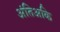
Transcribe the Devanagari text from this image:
अंतिअकि